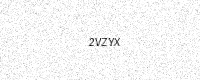
Text: 2VZYX